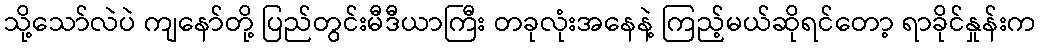
သို့သော်လဲပဲ ကျနော်တို့ ပြည်တွင်းမီဒီယာကြီး တခုလုံးအနေနဲ့ ကြည့်မယ်ဆိုရင်တော့ ရာခိုင်နှုန်းက